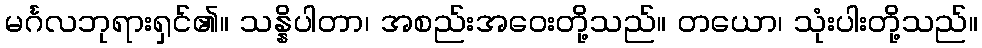
မင်္ဂလဘုရားရှင်၏။ သန္နိပါတာ၊ အစည်းအဝေးတို့သည်။ တယော၊ သုံးပါးတို့သည်။